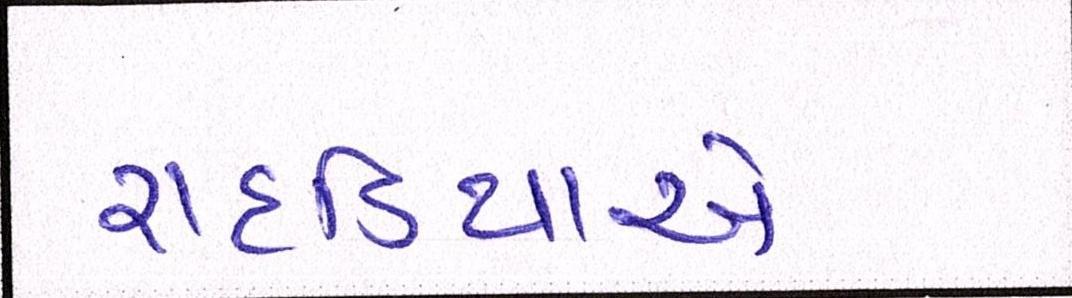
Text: રાદડિયાએ